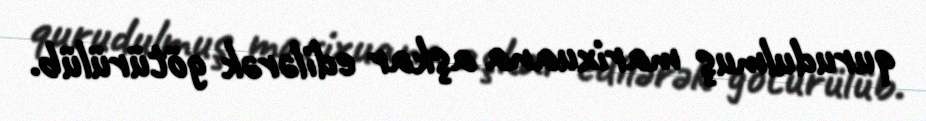
qurudulmuş marixuana aşkar edilərək götürülüb.